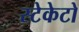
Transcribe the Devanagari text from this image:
स्टेकेटो